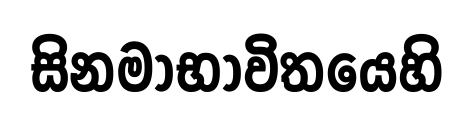
සිනමාභාවිතයෙහි